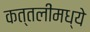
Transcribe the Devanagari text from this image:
कत्तलींमध्ये